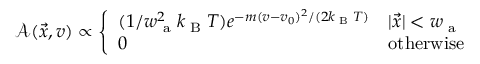
\mathcal { A } ( \vec { x } , v ) \propto \left\{ \begin{array} { l l } { ( 1 / w _ { \textrm { a } } ^ { 2 } k _ { \textrm { B } } T ) e ^ { - m ( v - v _ { 0 } ) ^ { 2 } / ( 2 k _ { \textrm { B } } T ) } } & { | \vec { x } | < w _ { \textrm { a } } } \\ { 0 } & { \mathrm { o t h e r w i s e } } \end{array} \right.